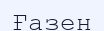
Ғазен